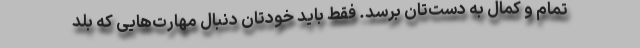
تمام و کمال به دست‌تان برسد. فقط باید خودتان دنبال مهارت‌هایی که بلد